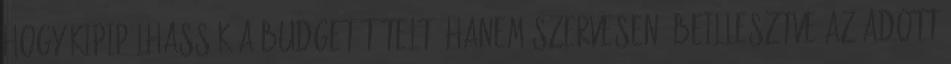
hogy kipipálhassák a budget-tételt, hanem szervesen, beillesztve az adott